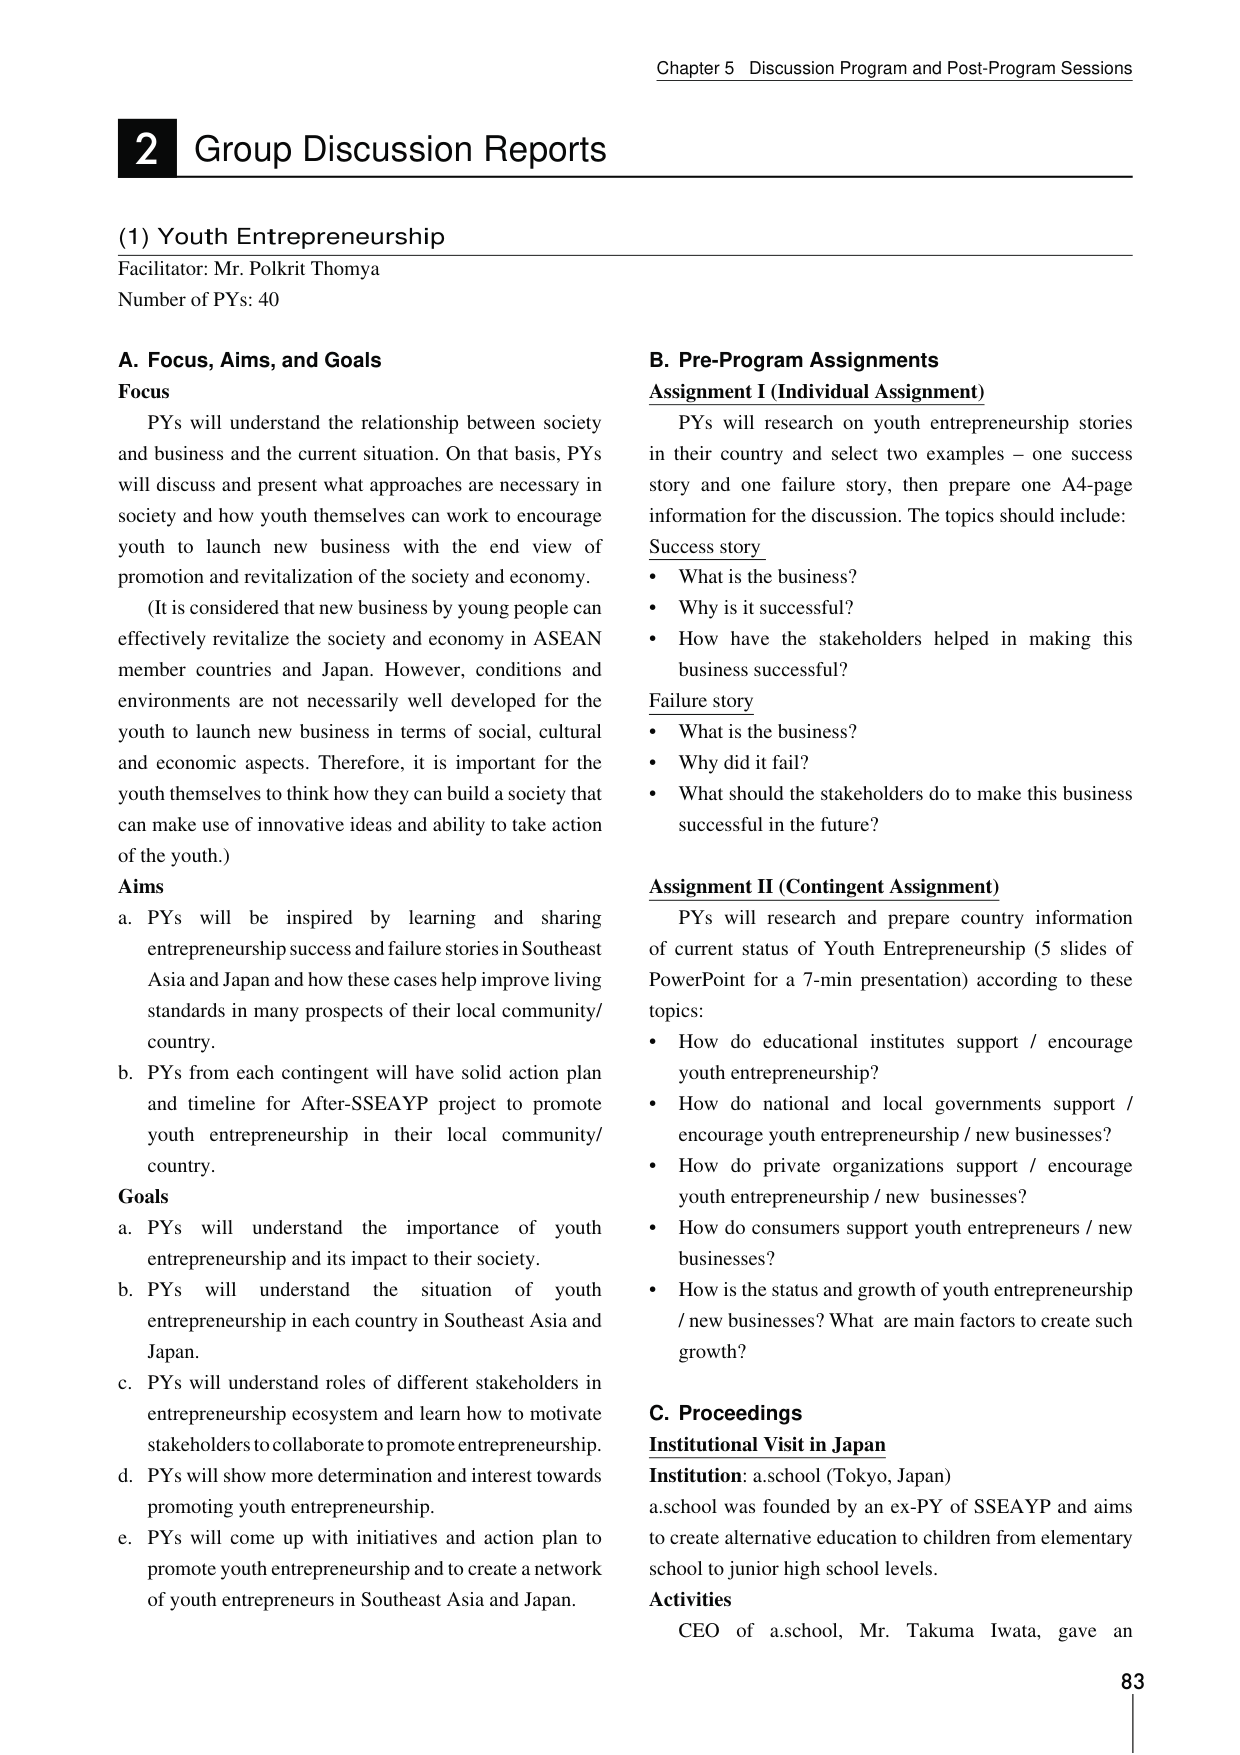
Chapter 5 Discussion Program and Post-Program Sessions

2 Group Discussion Reports

(1) Youth Entrepreneurship
Facilitator: Mr. Polkrit Thomya
Number of PYs: 40

A. Focus, Aims, and Goals
Focus
PYs will understand the relationship between society and business and the current situation. On that basis, PYs will discuss and present what approaches are necessary in society and how youth themselves can work to encourage youth to launch new business with the end view of promotion and revitalization of the society and economy.
(It is considered that new business by young people can effectively revitalize the society and economy in ASEAN member countries and Japan. However, conditions and environments are not necessarily well developed for the youth to launch new business in terms of social, cultural and economic aspects. Therefore, it is important for the youth themselves to think how they can build a society that can make use of innovative ideas and ability to take action of the youth.)

Aims
a. PYs will be inspired by learning and sharing entrepreneurship success and failure stories in Southeast Asia and Japan and how these cases help improve living standards in many prospects of their local community/country.
b. PYs from each contingent will have solid action plan and timeline for After-SSEAYP project to promote youth entrepreneurship in their local community/country.

Goals
a. PYs will understand the importance of youth entrepreneurship and its impact to their society.
b. PYs will understand the situation of youth entrepreneurship in each country in Southeast Asia and Japan.
c. PYs will understand roles of different stakeholders in entrepreneurship ecosystem and learn how to motivate stakeholders to collaborate to promote entrepreneurship.
d. PYs will show more determination and interest towards promoting youth entrepreneurship.
e. PYs will come up with initiatives and action plan to promote youth entrepreneurship and to create a network of youth entrepreneurs in Southeast Asia and Japan.

B. Pre-Program Assignments
Assignment I (Individual Assignment)
PYs will research on youth entrepreneurship stories in their country and select two examples – one success story and one failure story, then prepare one A4-page information for the discussion. The topics should include:
Success story
• What is the business?
• Why is it successful?
• How have the stakeholders helped in making this business successful?
Failure story
• What is the business?
• Why did it fail?
• What should the stakeholders do to make this business successful in the future?

Assignment II (Contingent Assignment)
PYs will research and prepare country information of current status of Youth Entrepreneurship (5 slides of PowerPoint for a 7-min presentation) according to these topics:
• How do educational institutes support / encourage youth entrepreneurship?
• How do national and local governments support / encourage youth entrepreneurship / new businesses?
• How do private organizations support / encourage youth entrepreneurship / new businesses?
• How do consumers support youth entrepreneurs / new businesses?
• How is the status and growth of youth entrepreneurship / new businesses? What are main factors to create such growth?

C. Proceedings
Institutional Visit in Japan
Institution: a.school (Tokyo, Japan)
a.school was founded by an ex-PY of SSEAYP and aims to create alternative education to children from elementary school to junior high school levels.
Activities
CEO of a.school, Mr. Takuma Iwata, gave an

83